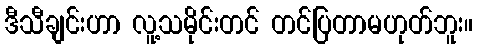
ဒီသီချင်းဟာ လူ့သမိုင်းတင် တင်ပြတာမဟုတ်ဘူး။